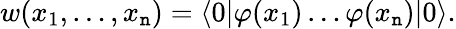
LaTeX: w(x_{1},\ldots,x_{\mathtt{n}})=\langle0|\varphi(x_{1})\ldots\varphi(x_{\mathtt{n}})|0\rangle.